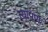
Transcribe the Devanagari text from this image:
त्यापण